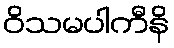
ဝိသမပါကီနိ